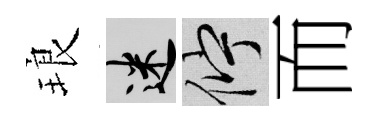
琅迷伫而